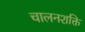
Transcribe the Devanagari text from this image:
चालनशक्ति